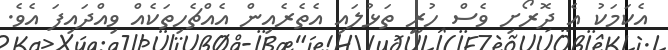
އެކަމަކު އެ ދޮރޯށި ވެސް ހުރީ ތަޅުލައި އެތެރެއިން އެއްޗެހިތަކެއް ވިއްދައިފަ އެވެ.